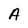
Character: A